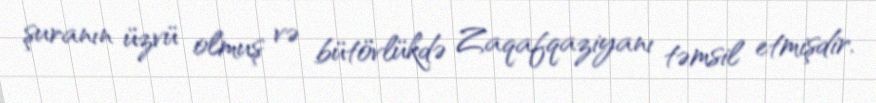
şuranın üzvü olmuş və bütövlükdə Zaqafqaziyanı təmsil etmişdir.